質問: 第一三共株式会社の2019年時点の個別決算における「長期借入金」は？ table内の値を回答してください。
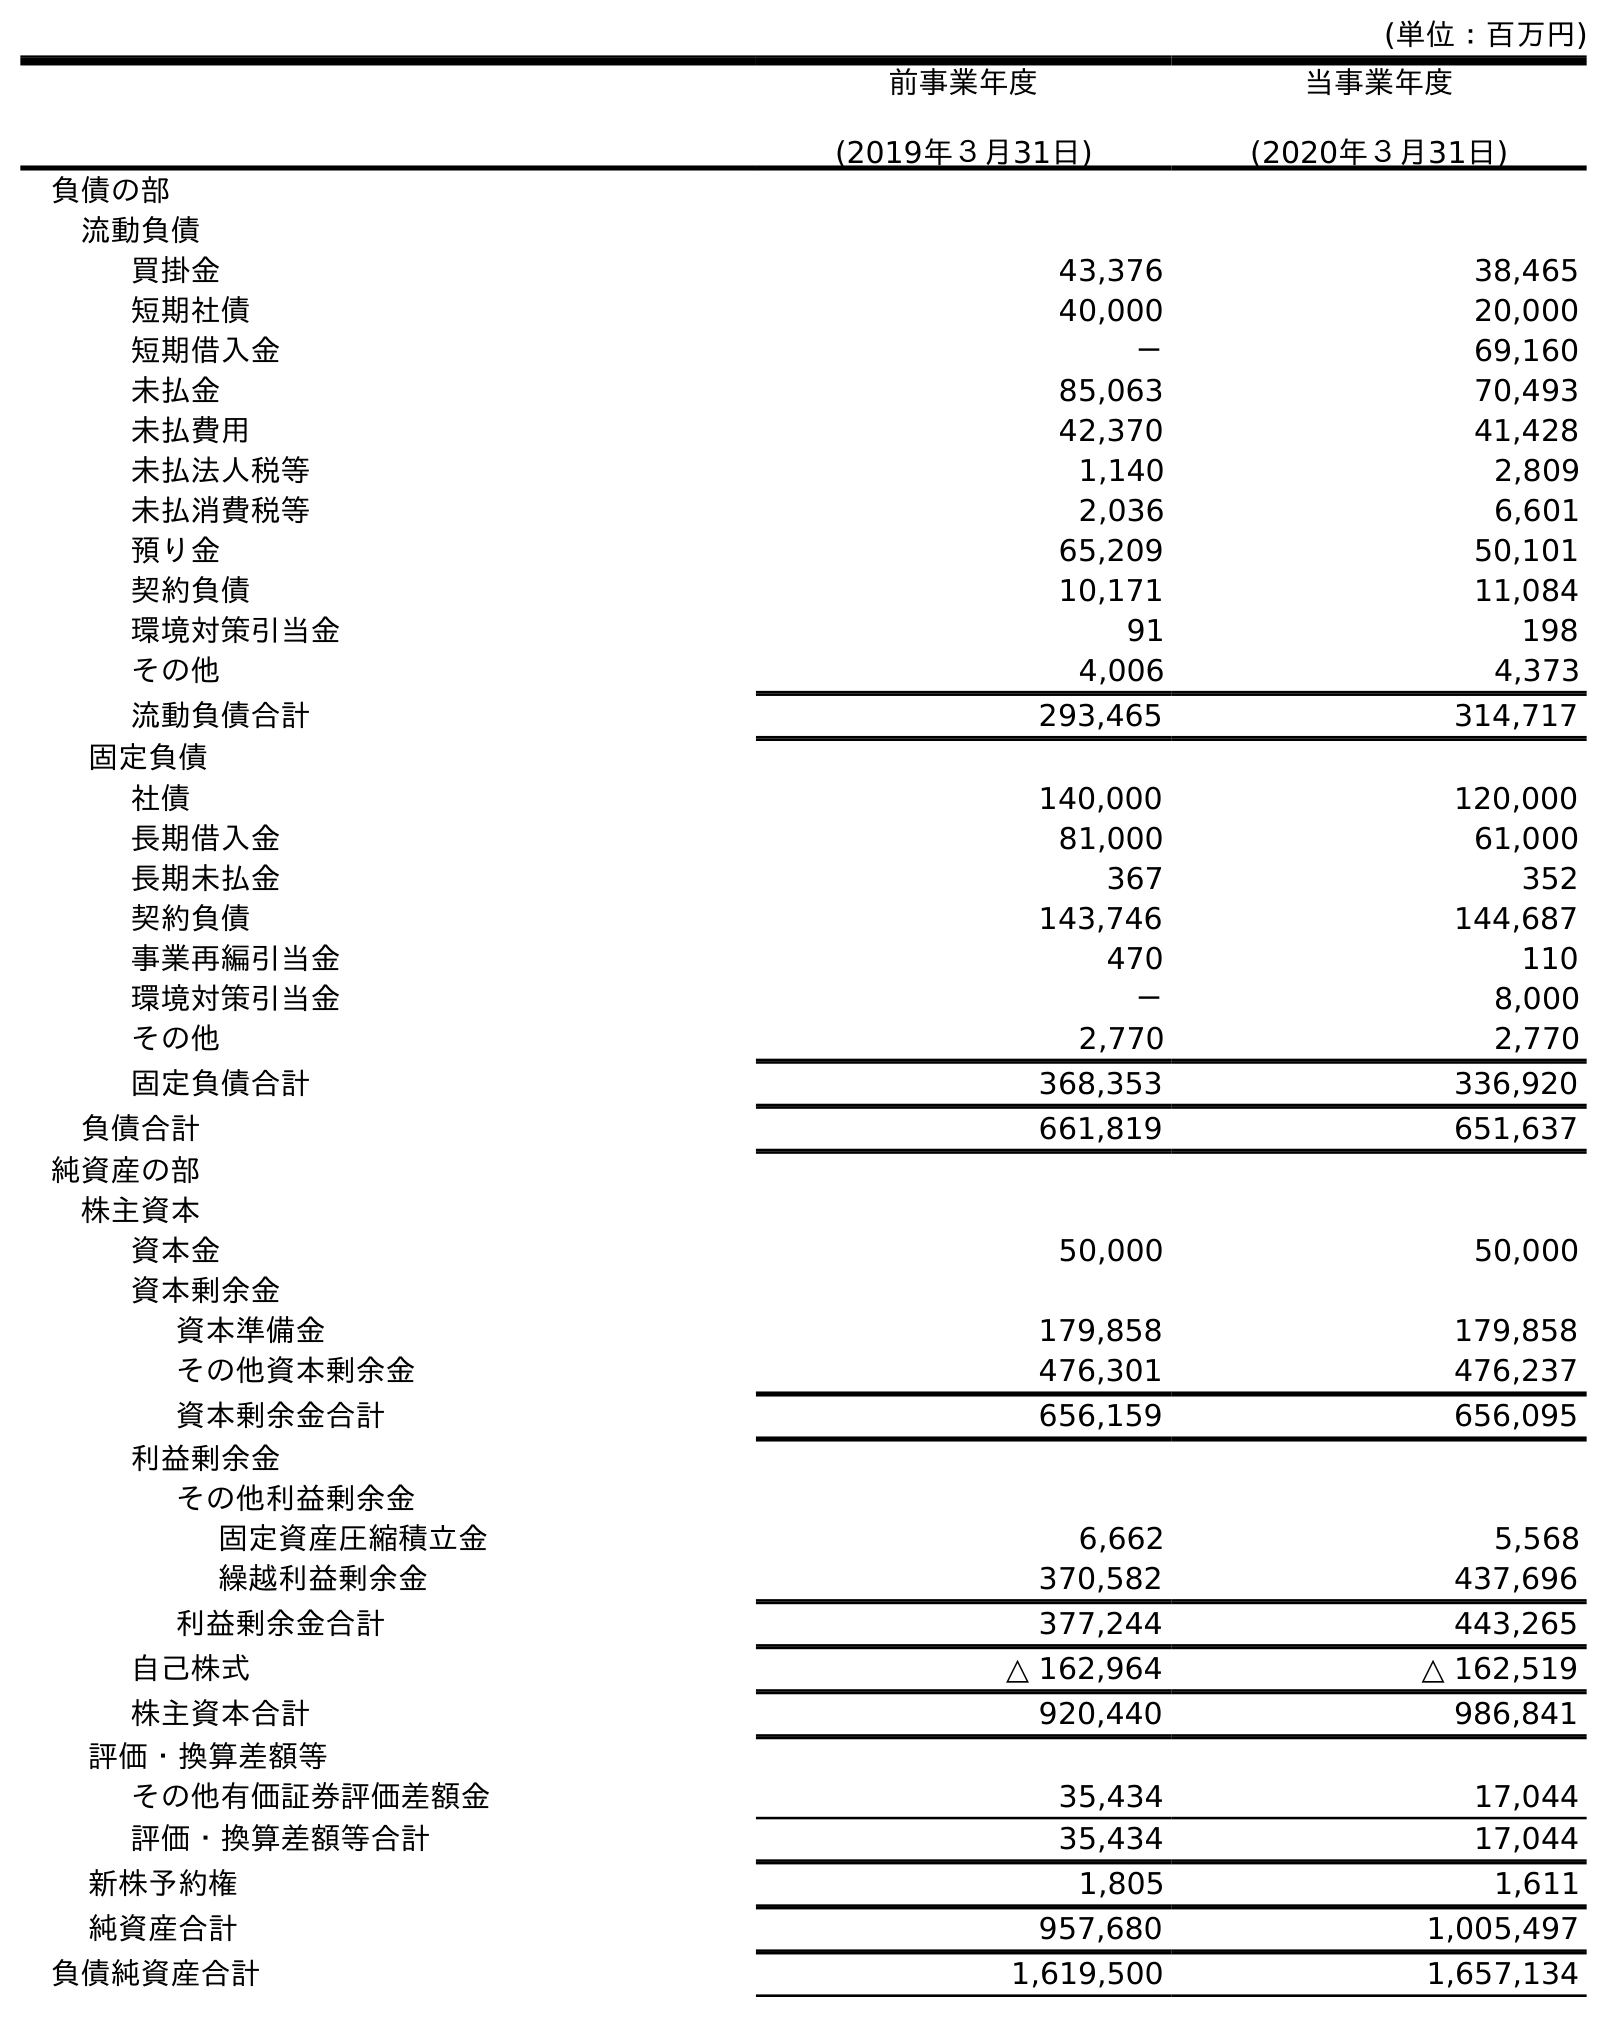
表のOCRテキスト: (単位：百万円) 前事業年度 (2019年３月31日) 当事業年度 (2020年３月31日) 負債の部 流動負債 買掛金 43,376 38,465 短期社債 40,000 20,000 短期借入金 － 69,160 未払金 85,063 70,493 未払費用 42,370 41,428 未払法人税等 1,140 2,809 未払消費税等 2,036 6,601 預り金 65,209 50,101 契約負債 10,171 11,084 環境対策引当金 91 198 その他 4,006 4,373 流動負債合計 293,465 314,717 固定負債 社債 140,000 120,000 長期借入金 81,000 61,000 長期未払金 367 352 契約負債 143,746 144,687 事業再編引当金 470 110 環境対策引当金 － 8,000 その他 2,770 2,770 固定負債合計 368,353 336,920 負債合計 661,819 651,637 純資産の部 株主資本 資本金 50,000 50,000 資本剰余金 資本準備金 179,858 179,858 その他資本剰余金 476,301 476,237 資本剰余金合計 656,159 656,095 利益剰余金 その他利益剰余金 固定資産圧縮積立金 6,662 5,568 繰越利益剰余金 370,582 437,696 利益剰余金合計 377,244 443,265 自己株式 △ 162,964 △ 162,519 株主資本合計 920,440 986,841 評価・換算差額等 その他有価証券評価差額金 35,434 17,044 評価・換算差額等合計 35,434 17,044 新株予約権 1,805 1,611 純資産合計 957,680 1,005,497 負債純資産合計 1,619,500 1,657,134
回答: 81,000